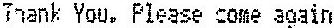
TNANK YOU. PLEASE COME AGAIN